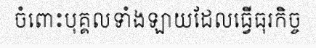
ចំពោះបុគ្គលទាំងឡាយដែលធ្វើធុរកិច្ច